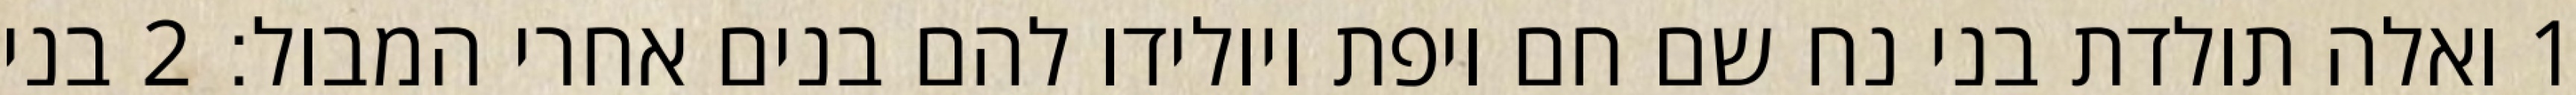
1 ואלה תולדת בני נח שם חם ויפת ויולידו להם בנים אחרי המבול׃ ‎2‏ בני